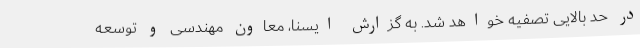
در حد بالایی تصفیه خواهد شد. به گزارش ایسنا، معاون مهندسی و توسعه